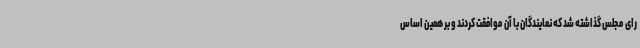
رای مجلس گذاشته شد که نمایندگان با آن موافقت کردند و بر همین اساس